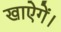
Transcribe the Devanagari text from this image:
खाऐगें।